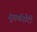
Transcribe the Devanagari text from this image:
सुवर्णगौरी